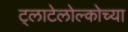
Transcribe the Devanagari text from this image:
ट्लाटेलोल्कोच्या